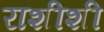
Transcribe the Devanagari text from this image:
राशीशी